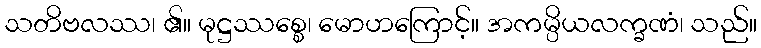
သတိဗလဿ၊ ၏။ မုဋ္ဌဿစ္စေ၊ မောဟကြောင့်။ အကမ္ပိယလက္ခဏံ၊ သည်။